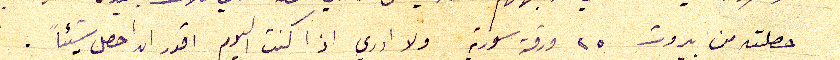
حصلته من بيروت ٢٥ ورقة سورية ولا ادري اذا كنت اليوم اقدر ان احصل شيئاً.